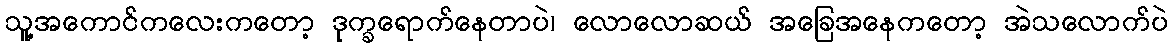
သူ့အကောင်ကလေးကတော့ ဒုက္ခရောက်နေတာပဲ၊ လောလောဆယ် အခြေအနေကတော့ အဲသလောက်ပဲ